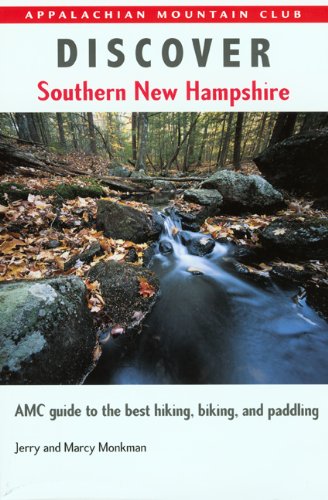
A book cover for Discover Southern New Hampshire: AMC Guide to the Best Hiking, Biking, and Paddling; Jerry Monkman; Travel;